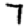
Digit: 7